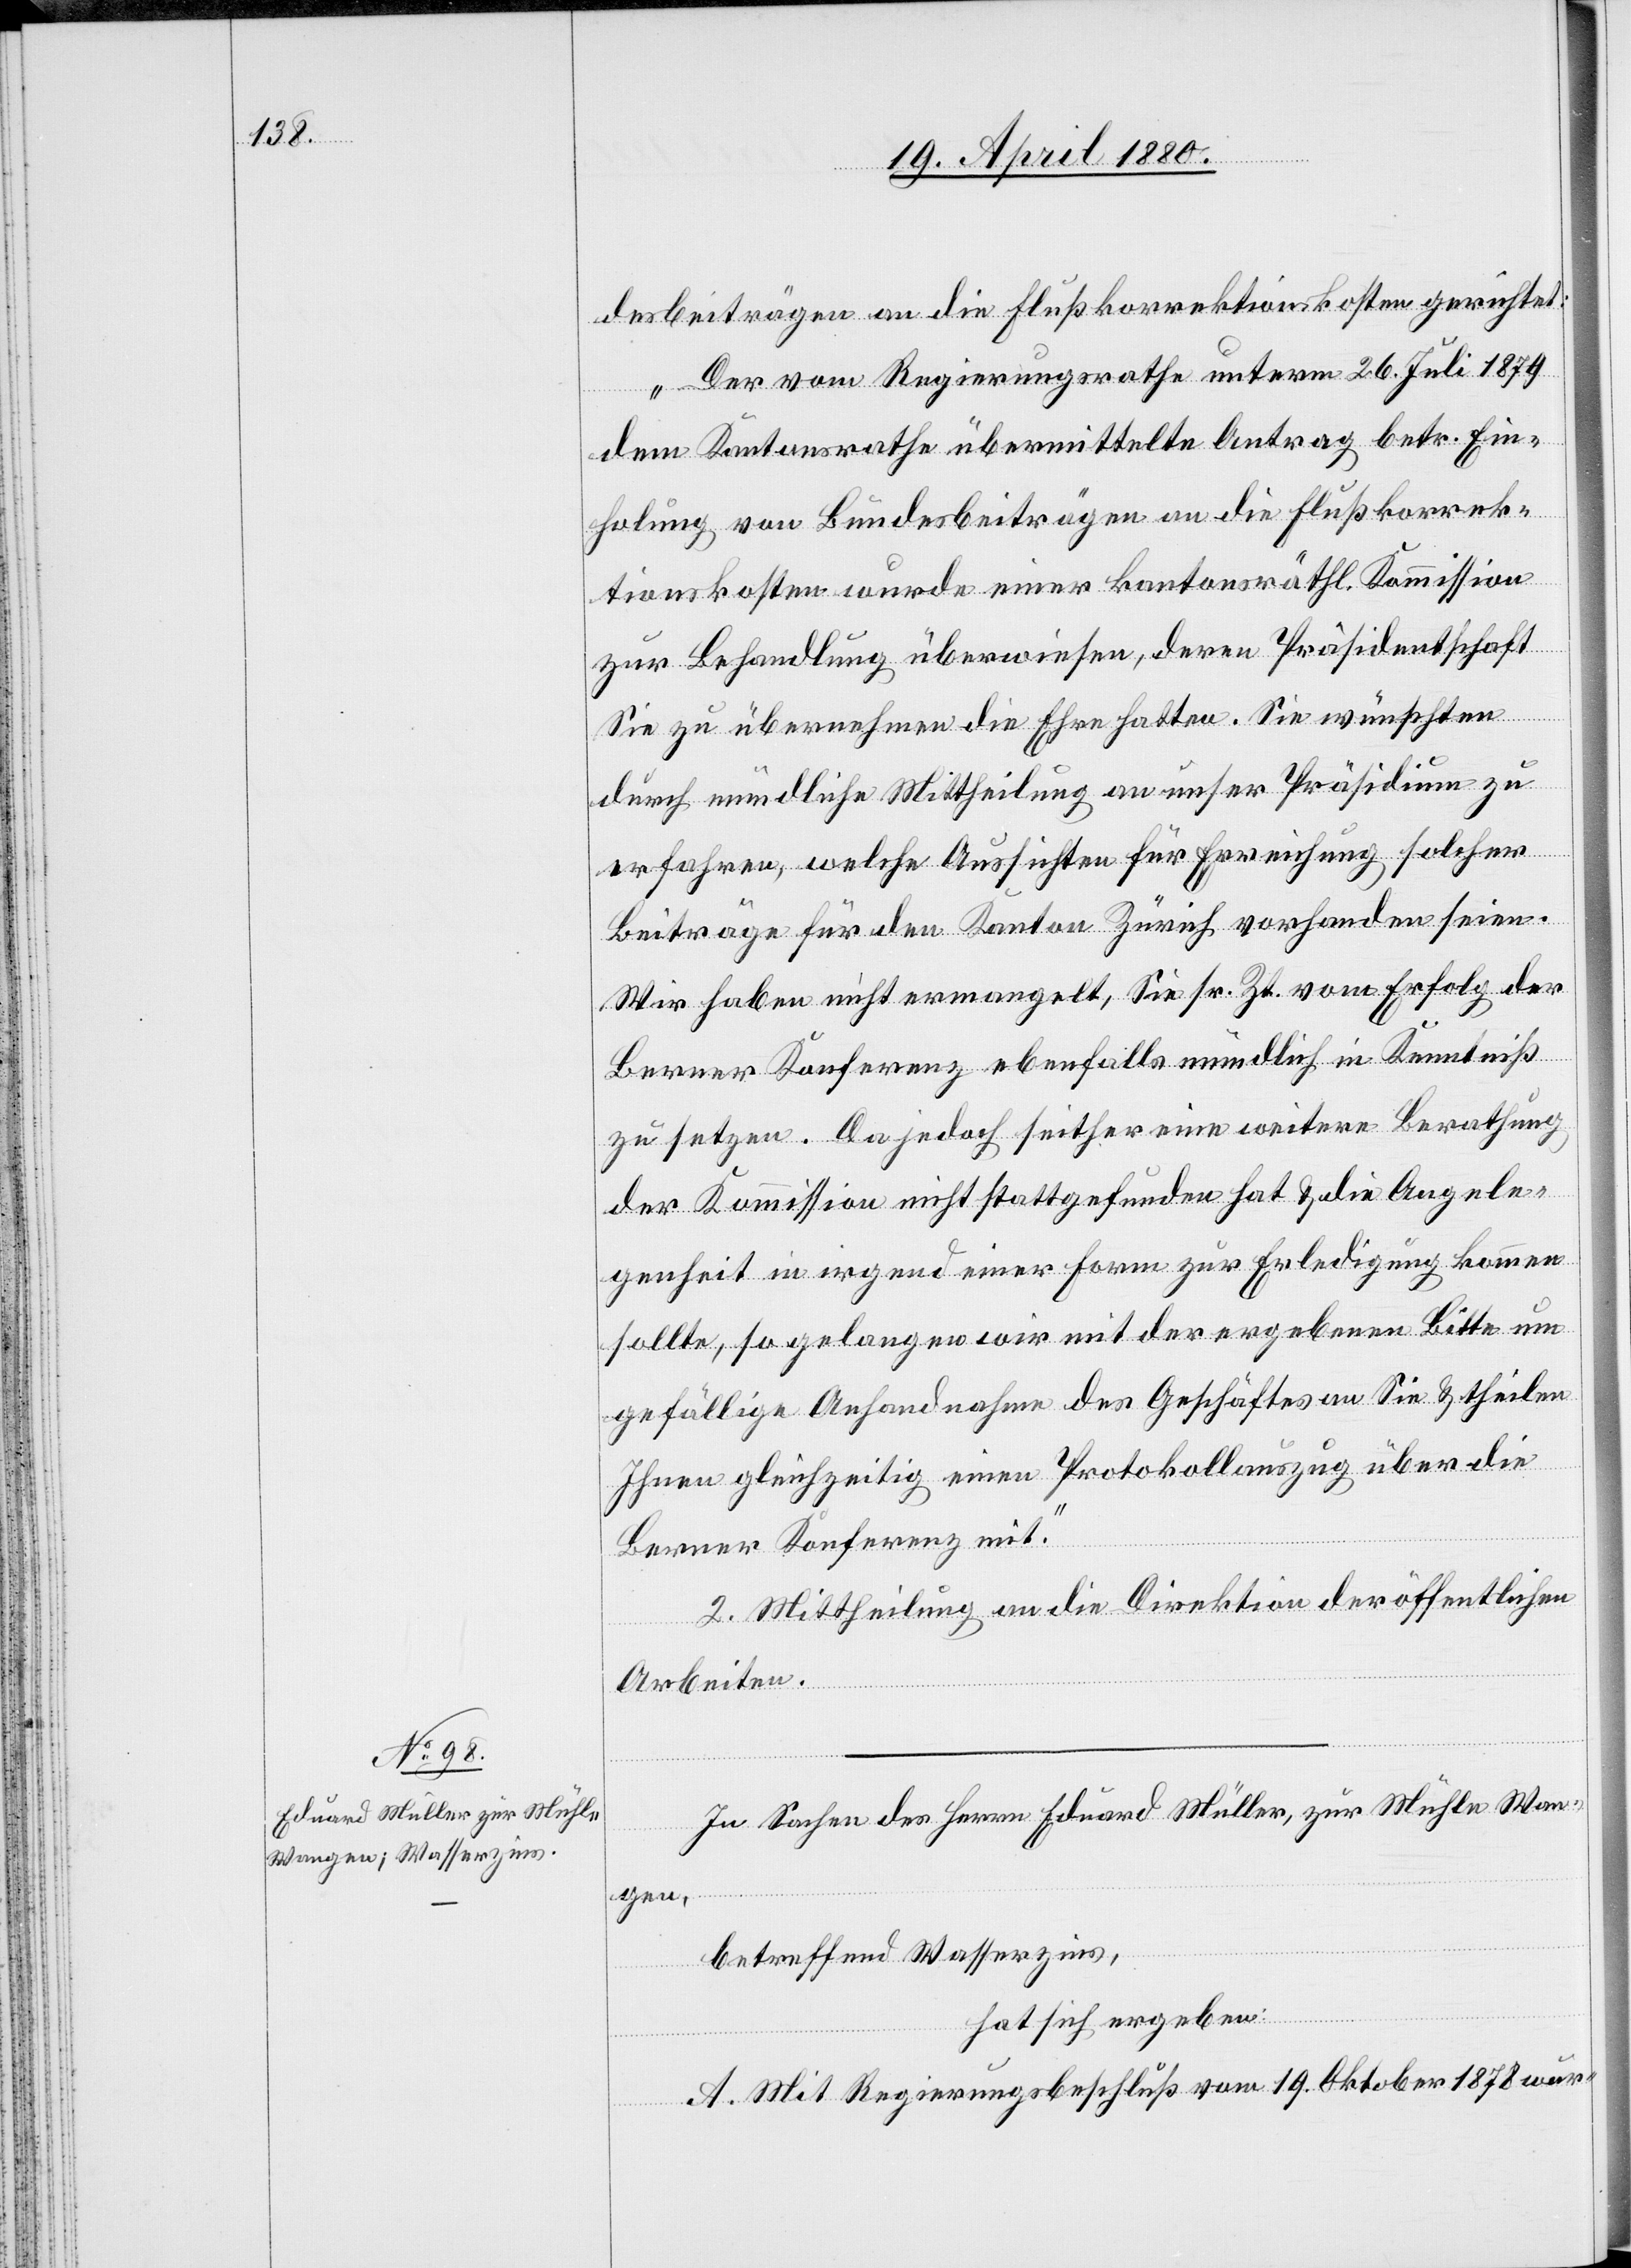
desbeiträgen an die Flußkorrektionskosten gerichtet:
„Der vom Regierungsrathe unterm 26. Juli 1879
dem Kantonsrathe übermittelte Antrag betr. Ein¬
holung von Bundesbeiträgen an die Flußkorrek¬
tionskosten wurde einer kantonsräthl. Kommission
zur Behandlung überwiesen, deren Präsidentschaft
Sie zu übernehmen die Ehre hatten. Sie wünschten
durch mündliche Mittheilung an unser Präsidium zu
erfahren, welche Aussichten für Erreichung solcher
Beiträge für den Kanton Zürich vorhanden seien.
Wir haben nicht ermangelt, Sie sr. Zt. vom Erfolg der
Berner Konferenz ebenfalls mündlich in Kenntniß
zu setzen. Da jedoch seither eine weitere Berathung
der Kommission nicht stattgefunden hat & die Angele¬
genheit in irgend einer Form zur Erledigung kommen
sollte, so gelangen wir mit der ergebenen Bitte um
gefällige Anhandnahme des Geschäftes an Sie & theilen
Ihnen gleichzeitig einen Protokollauszug über die
Berner Konferenz mit.“
2. Mittheilung an die Direktion der öffentlichen
Arbeiten.
In Sachen des Herrn Eduard Müller, zur Mühle Wan¬
gen,
betreffend Wasserzins,
hat sich ergeben:
A. Mit Regierungsbeschluß vom 19. Oktober 1878 wur-